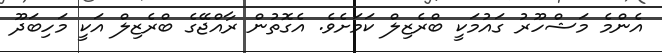
އެންމެ މަޝްހޫރު ގައުމަކީ ބްރެޒިލް ކަމަށެވެ. އެގޮތުން ރާއްޖޭގެ ބްރެޒިލް އަކީ މަހިބަދޫ